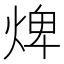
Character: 焷